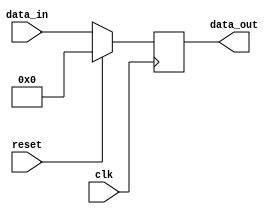
module register(
    input wire clk,
    input wire reset,
    input wire [7:0] data_in,
    output reg [7:0] data_out
);

always @(posedge clk) begin
    if (reset) begin
        data_out <= 8'b0;
    end else begin
        data_out <= data_in;
    end
end

endmodule